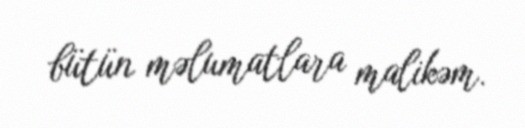
bütün məlumatlara malikəm.